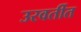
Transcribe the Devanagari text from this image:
उरवर्तीत